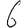
Digit: 6